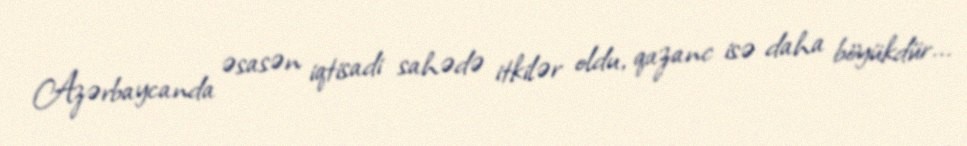
Azərbaycanda əsasən iqtisadi sahədə itkilər oldu, qazanc isə daha böyükdür...